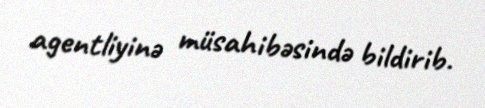
agentliyinə müsahibəsində bildirib.